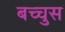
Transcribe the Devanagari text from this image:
बच्चुस